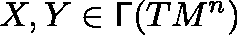
X , Y \in \mathsf { \Gamma } ( T M ^ { n } )